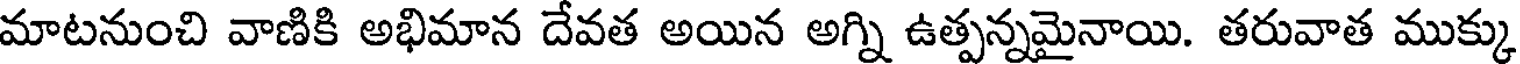
మాటనుంచి వాణికి అభిమాన దేవత అయిన అగ్ని ఉత్పన్నమైనాయి. తరువాత ముక్కు